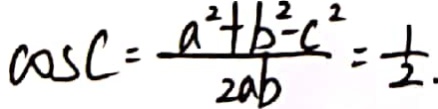
\cos C = \frac { a ^ { 2 } + b ^ { 2 } - c ^ { 2 } } { 2 a b } = \frac { 1 } { 2 }